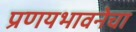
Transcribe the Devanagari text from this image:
प्रणयभावनेचा